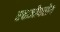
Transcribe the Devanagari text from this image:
रक्तजीवरोग